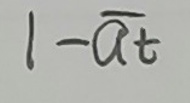
$1 - \overline{a}_t$